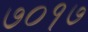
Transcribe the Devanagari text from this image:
७०१७